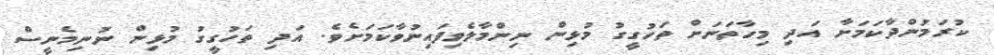
ކުރަމުންދާކަމަށާ އަދި މިހާތަނަށް ތަހުގީގު މުޅިން ނިންމާލެވިފައިނުވާކަމަށެވެ. އަދި ތަހުގީގު މުޅިން ނުނިމެނީސް